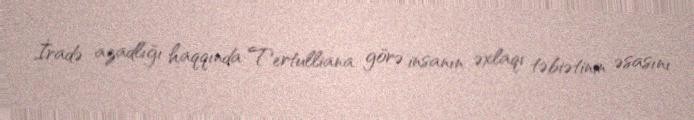
İradə azadlığı haqqında Tertulliana görə insanın əxlaqi təbiətinin əsasını